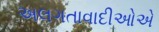
અલગતાવાદીઓએ